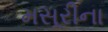
મસૂરીના